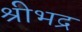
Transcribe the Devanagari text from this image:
श्रीभद्र